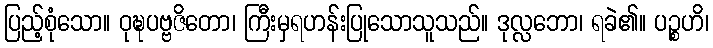
ပြည့်စုံသော။ ဝုဍ္ဎပဗ္ဗဇိတော၊ ကြီးမှရဟန်းပြုသောသူသည်။ ဒုလ္လဘော၊ ရခဲ၏။ ပဉ္စဟိ၊